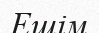
Ешім